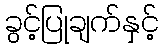
ခွင့်ပြုချက်နှင့်